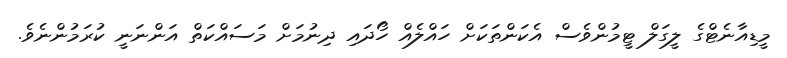
މީޑިއާނެޓްގެ ލީގަލް ޓީމުންވެސް އެކަންތަކަށް ހައްލެއް ހޯދައި ދިނުމަށް މަސައްކަތް އަންނަނީ ކުރަމުންނެވެ.